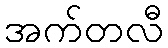
အက်တလီ